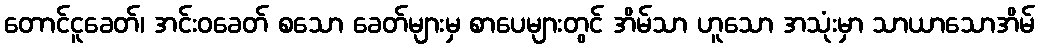
တောင်ငူခေတ်၊ အင်းဝခေတ် စသော ခေတ်များမှ စာပေများတွင် အိမ်သာ ဟူသော အသုံးမှာ သာယာသောအိမ်